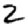
Digit: 2